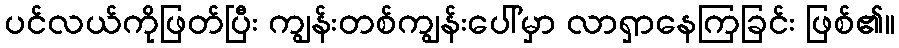
ပင်လယ်ကိုဖြတ်ပြီး ကျွန်းတစ်ကျွန်းပေါ်မှာ လာရှာနေကြခြင်း ဖြစ်၏။